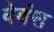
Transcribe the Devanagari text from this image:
बेवंस